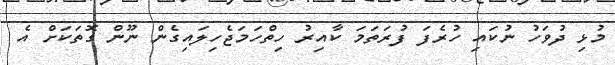
މުޅި ދުވަހު ނުކައި ހުރެފަ ފުރަތަމަ ކާއިރު ހިތްހަމަޖެހިލައިގެން ނޫން ގޮތަކަށް އެ